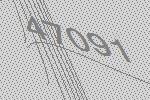
47091